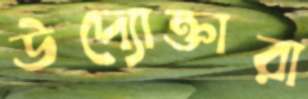
উদ্যোক্তারা